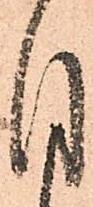
目